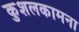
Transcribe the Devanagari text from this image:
कुशलकामना